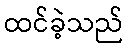
ထင်ခဲ့သည်